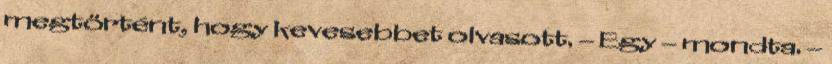
megtörtént, hogy kevesebbet olvasott. – Egy – mondta. –